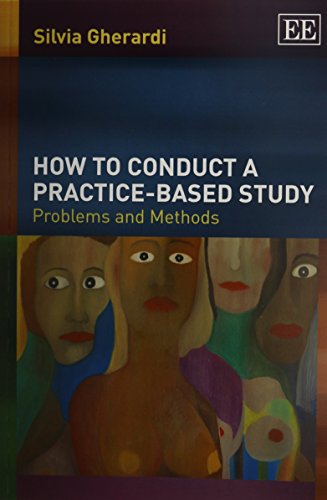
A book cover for How to Conduct a Practice-Based Study: Problems and Methods; Silvia Gherardi; Business & Money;